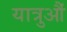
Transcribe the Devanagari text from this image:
यात्रुऔं